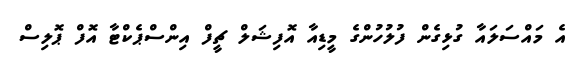
އެ މައްސަލައާ ގުޅިގެން ފުލުހުންގެ މީޑިއާ އޮފިޝަލް ޗީފް އިންސްޕެކްޓާ އޮފް ޕޮލިސް